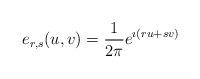
LaTeX: \begin{align*}e_{r,s}(u,v) = \frac 1{2\pi} e^{\imath (r u+ s v)}\end{align*}